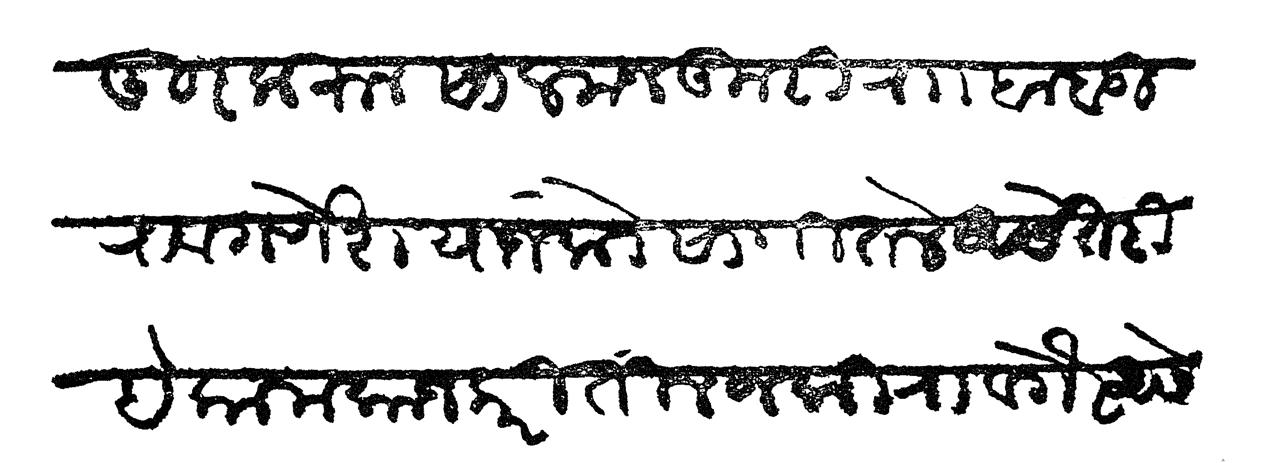
Transliteration (Devanagari): दूर करून सालमजकूरी राा बाबूराव गणेश यांजकडे सांगितले असे तरी हे कामकाज करितील जकीरा वगैरे असे